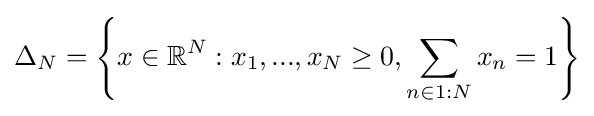
\Delta _{N}=\left\{x\in \mathbb {R} ^{N}:x_{1},...,x_{N}\geq 0,\sum _{n\in 1:N}x_{n}=1\right\}